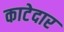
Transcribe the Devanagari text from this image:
काटेदार